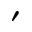
^ { \prime }